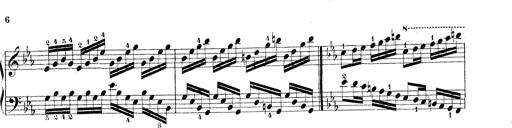
Title: Technische Studien
Composer: Franz Liszt